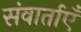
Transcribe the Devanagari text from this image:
संवार्ताएँ